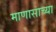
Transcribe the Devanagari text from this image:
माणासाच्या